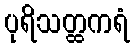
ပုရိသတ္ထကရံ